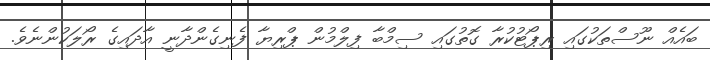
ބައެއް ނޫސްތަކުގައި ރިޕޯޓުކުރާ ގޮތުގައި ސިމްބާ ފިލްމުން ޕްރިޔާ ފެނިގެންދާނީ އާދައިގެ ރޯލަކުންނެވެ.